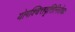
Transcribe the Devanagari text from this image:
योगश्चित्तवृत्तिनिरोधः